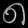
Digit: ၈